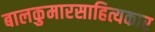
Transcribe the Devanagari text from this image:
बालकुमारसाहित्यकार